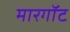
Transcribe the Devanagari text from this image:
मारगॉट